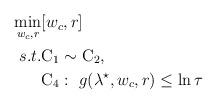
LaTeX: \begin{align*}\begin{aligned}\min \limits_{w_{c},r} &[ w_{c},r ]\\s.t. &{\rm C_{1}}\sim {\rm C_{2}},\\& {\rm C_{4}}: \ g(\lambda^{\star}, w_{c}, r ) \leq \ln \tau \end{aligned}\end{align*}